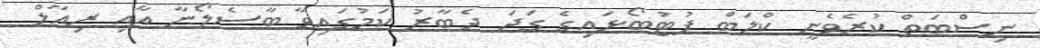
ނިސްބަތް ކުރެވެނީ ކްލަބް ފުޓުބޯޅައިގެ ގަދަ ދެބާރު ކަމުގައިވާ ބާސެލޯނާ އާއި ރިއާލް